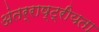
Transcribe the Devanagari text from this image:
अंतर्राष्ट्रीयता